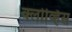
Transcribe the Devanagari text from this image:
क्लोव्हिस